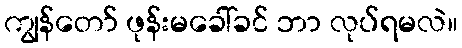
ကျွန်တော် ဖုန်းမခေါ်ခင် ဘာ လုပ်ရမလဲ။